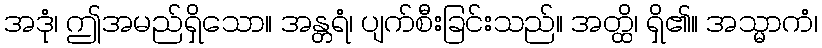
အဒုံ၊ ဤအမည်ရှိသော။ အန္တရံ၊ ပျက်စီးခြင်းသည်။ အတ္ထိ၊ ရှိ၏။ အသ္မာကံ၊